Report on the cultivation and use of ganja
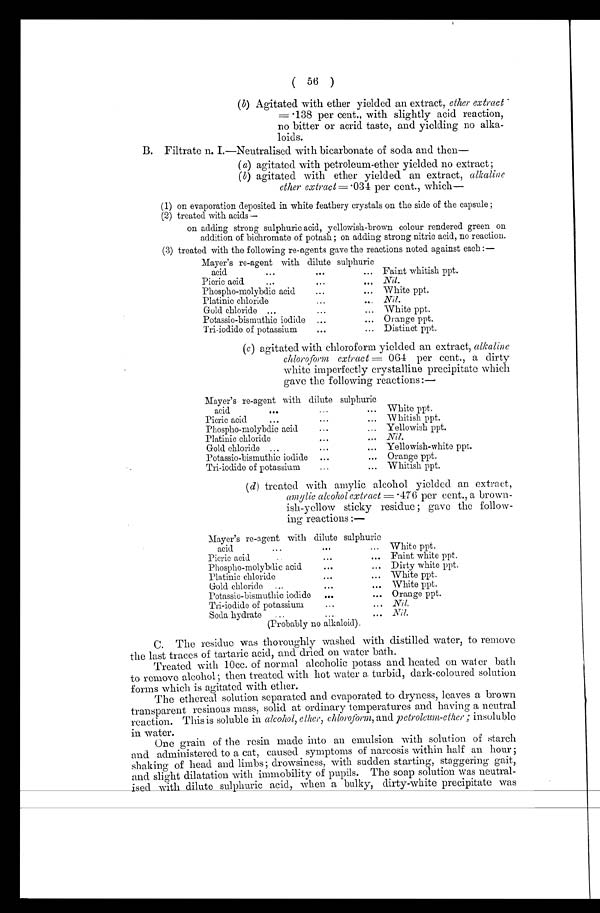
( 56 )
(b) Agitated with ether yielded an extract, ether extract
no bitter or acrid taste, and yielding no alka-
loids.
B. Filtrate n. I.—Neutralised with bicarbonate of soda and then
( a ) agitated with petroleum-ether yielded no extract;
(b) agitated with ether yielded an extract, alkaline
ether extract = • 034 per cent., which
(1) on evaporation deposited in white feathery crystals on the side of the capsule ;
( 2 ) t r e a t e d wi t h a c i d s —
on adding strong sulphuric acid, yellowish-brown colour rendered green on
addition of bichromate of potash; on adding strong nitric acid, no reaction.
(3) treated with the following re-agents gave the reactions noted against each:—
Mayer's re-agent with dilute sulphuric
a c i d . . .
Faint whitish ppt.
P i c r i c a c i d . . .
Nil.
Phospho-molybdic acid . . .
White ppt.
Platinic chloride . . .
Nil.
Gold chloride . . .
White ppt.
Potassio-bismuthic iodide . . .
Orange ppt.
Tri-iodide of potassium . . .
Distinct ppt.
(c) agitated with chloroform yielded an extract, alkaline
chloro form extract= 064 per cent., a dirty
white imperfectly crystalline precipitate which
gave the following reactions:—
Mayer's re-agent with dilute sulphuric
acid . . . White ppt.
Picric acid . . . Whitish ppt.
Phospho-molybdic acid . . . Yellowish ppt.
Platinic chloride . . . Nil.
Gold chloride . . . Yellowish-white ppt.
Potassio-bismuthic iodide . . . Orange ppt.
Tri-iodide of potassium . . . Whitish ppt.
( d ) treated with amylic alcohol yielded an extract,
amylic alcohol extract = .476 per cent., a brown-
ish-yellow sticky residue ; gave the follow-
ing reactions :—
Mayer's re-agent with dilute sulphuric
White ppt.
acid . . .
Picric acid . . . Faint white ppt.
Dirty white ppt.
Phospho-molybdic acid . . .
Platinic chloride . . . White ppt.
Gold chloride . . . White ppt.
Potassio-bismuthic iodide . . . Orange ppt.
Tri-iodide of potassium . . . Nil.
Nil.
S o d a h y d r a t e . . .
(Probably no alkaloid).
C. The residue was thoroughly washed with distilled water, to remove
the last traces of tartaric acid, and dried on water bath.
Treated with 10cc. of normal alcoholic potass and heated on water bath
to remove alcohol ; then treated with hot water a turbid, dark-coloured solution
forms which is agitated with ether.
The ethereal solution separated and evaporated to dryness, leaves a brown
transparent resinous mass, solid at ordinary temperatures and having a neutral
reaction. This is soluble in alcohol, ether, chloroform, and petroleum-ether ; insoluble
in water.
One grain of the resin made into an emulsion with solution of starch
and administered to a cat, caused symptoms of narcosis within half an hour;
shaking of head and limbs; drowsiness, with sudden starting, staggering gait,
and slight dilatation with immobility of pupils. The soap solution was neutral-
ised with dilute sulphuric acid, when a bulky, dirty-white precipitate was